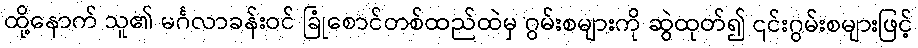
ထို့နောက် သူ၏ မင်္ဂလာခန်းဝင် ခြုံစောင်တစ်ထည်ထဲမှ ဂွမ်းစများကို ဆွဲထုတ်၍ ၎င်းဂွမ်းစများဖြင့်